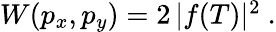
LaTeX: \begin{array}{r}{W(p_{x},p_{y})=2\, |f(T)|^{2}\ .}\end{array}